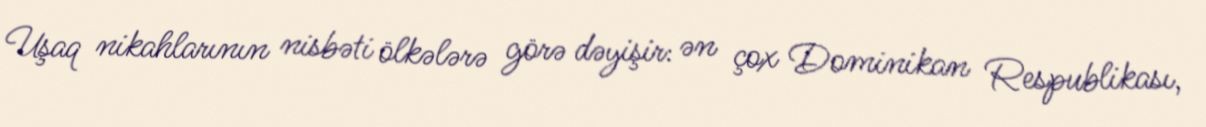
Uşaq nikahlarının nisbəti ölkələrə görə dəyişir: ən çox Dominikan Respublikası,